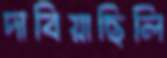
দাবিয়াছিলি